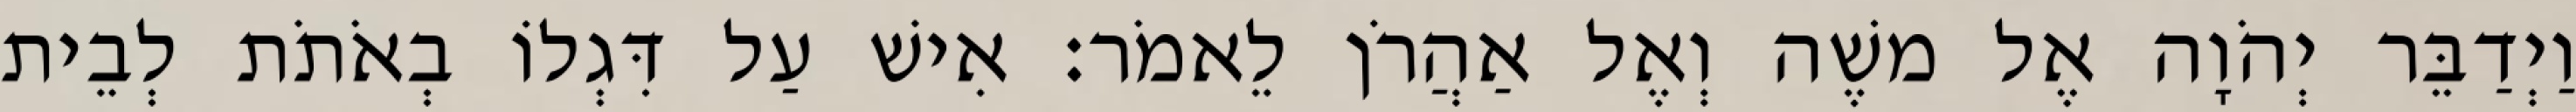
וַיְדַבֵּר יְהֹוָה אֶל משֶׁה וְאֶל אַהֲרֹן לֵאמֹר׃ אִישׁ עַל דִּגְלוֹ בְאֹתֹת לְבֵית